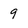
Character: 9